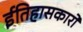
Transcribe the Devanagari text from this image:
ईतिहासकारों